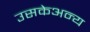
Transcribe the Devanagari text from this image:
उसकेअन्य